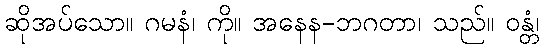
ဆိုအပ်သော။ ဂမနံ၊ ကို။ အနေန-ဘဂတာ၊ သည်။ ဝန္တံ၊